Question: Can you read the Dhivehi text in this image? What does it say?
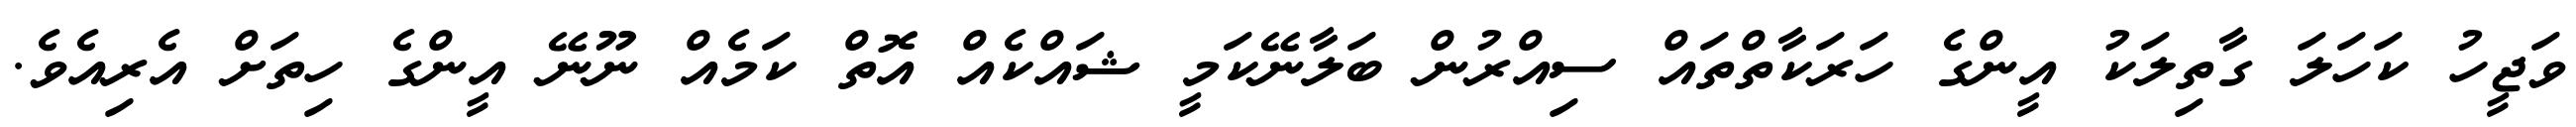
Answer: ވަޖީހު ކަހަލަ ގާތިލަކު އީންގެ ހަރަކާތްތައް ސިއްރުން ބަލާނޭކަމީ ޝައްކެއް އޮތް ކަމެއް ނޫނޭ އީންގެ ހިތަށް އެރިއެވެ.